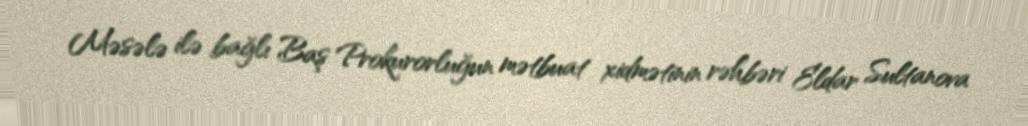
Məsələ ilə bağlı Baş Prokurorluğun mətbuat xidmətinin rəhbəri Eldar Sultanova